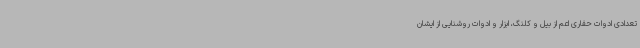
تعدادی ادوات حفاری اعم از بیل و کلنگ، ابزار و ادوات روشنایی از ایشان